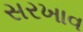
સરખાવ